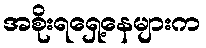
အစိုးရရှေ့နေများက